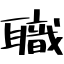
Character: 職